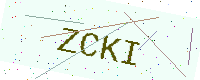
Text: ZCKI